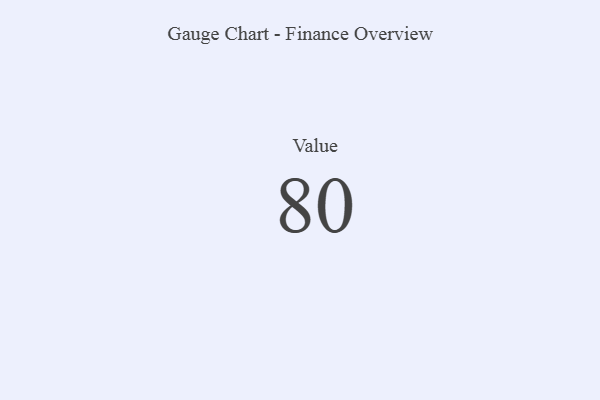
{"axis": {"x": "Metric", "y": "Value"}, "legend": [""], "data": [{"x": "Value", "y": 80, "type": ""}]}